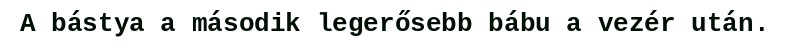
A bástya a második legerősebb bábu a vezér után.